Salla_vallavalitsus, lk 20
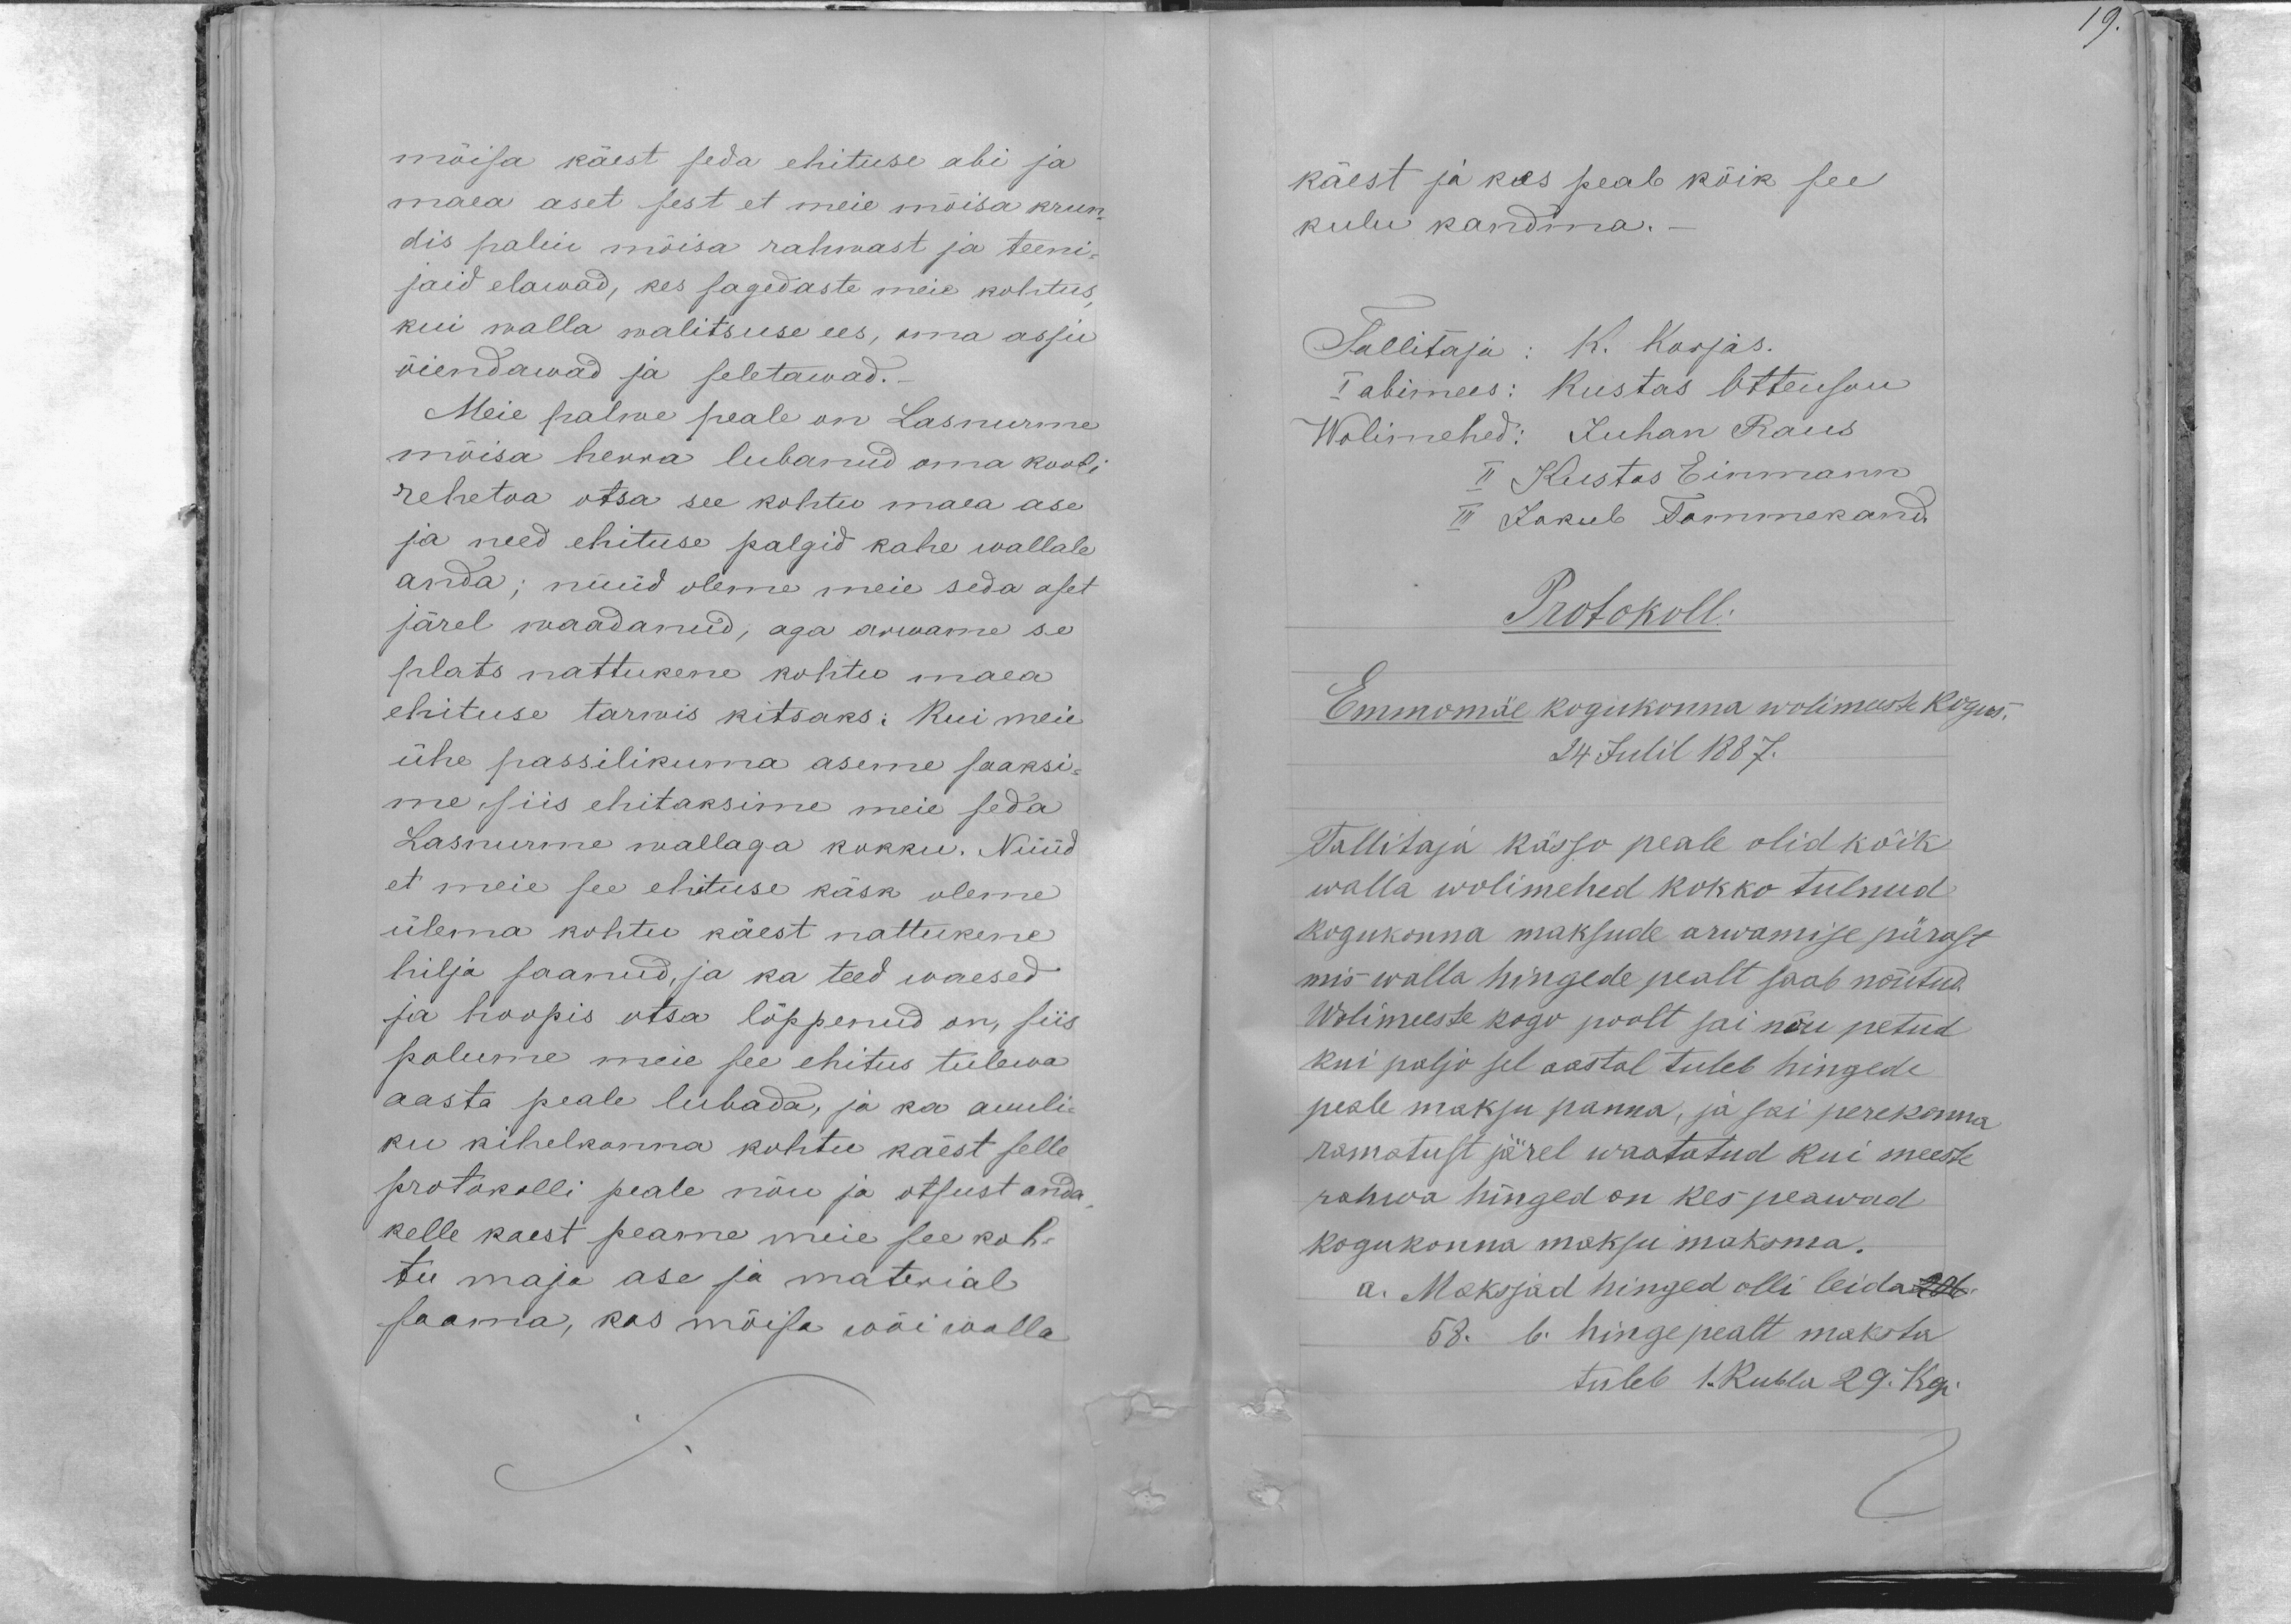
19.

mõisa käest seda ehituse abi ja
maea aset sest et meie mõisa krun-
dis paliu mõisa rahwast ja teeni-
jaid elawad, kes sagedaste meie kohtus,
kui walla walitsuse ees, oma asju
õiendawad ja seletawad.-
Meie palwe peale on Lasnurme
mõisa herra lubanud oma kooli
rehetoa otsa see kohtu maea ase
ja need ehituse palgid kahe wallale
anda; nüüd oleme meie seda aset
järel waadanud, aga arwame se
plats nattukene kohtu maa
ehituse tarwis kitsaks: Kui meie
ühe passilikuma aseme saaksi-
me siis ehitaksime meie seda
Lasnurme wallaga kokku. Nüüd
et meie see ehituse käsk oleme
ülema kohtu käest nattukene
hilja saanud, ja ka teed waesed
ja hoopis otsa lõppenud on, siis
palume meie see ehitus tulewa
aasta peale lubada, ja ka auuli-
ku kihelkonna kohtu käest selle
protokolli peale nõu ja otsust anda
kelle käest peame meie see koh-
tu maja ase ja material
saama, kas mõisa wõi walla

käest ja kes peab kõik see
kulu kandma.-
Tallitaja: K. Karjas.
I abimees: Kustas Ottenson
Wolimehed: Juhan Raus
II Kustas Einmann
III Jakub Tammekand
Protokoll:
Emmomäe kogukonna wolimeeste kogus.
24 Julil 1887.
Tallitaja kässo peale olid kõik
walla wolimehed kokko tulnud
kogukonna maksude arwamise pärast
mis walla hingede pealt saab nõutud.
Wolimeeste kogu poolt sai nõu petud
kui paljo sel aastal tuleb hingede
peale maksu panna, ja sai perekonna
ramatust järel waatatud kui meeste
rahwa hinged on kes peawad
kogukonna maksu maksma.
a. Maksjad hinged olli leida 206.
58. 6. hinge pealt maksta.
tuleb 1 Rubla 29. Kop.